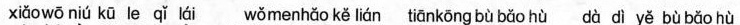
xiǎowō niú kū le qǐ lái wǒmenhǎo kě lián tiānkōng bù bǎo hù dà dì yě bù bǎo hù